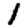
Digit: 1